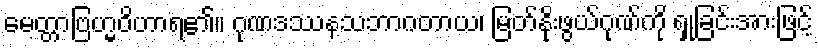
မေတ္တာဗြဟ္မဝိဟာရ၏။ ဂုဏဒဿနသဘာဂတာယ၊ မြတ်နိုးဖွယ်ဂုဏ်ကို ရှုခြင်းအားဖြင့်